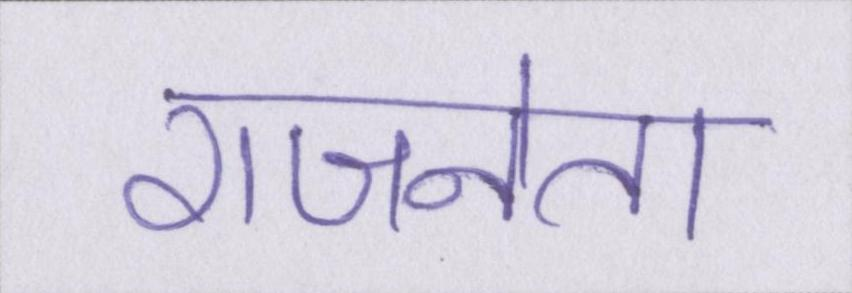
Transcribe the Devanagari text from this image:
राजनेता